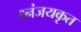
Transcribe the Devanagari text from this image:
ध्नंजयकृत